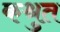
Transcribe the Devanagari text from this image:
कश्रुत